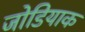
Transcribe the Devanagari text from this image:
जोडियाक